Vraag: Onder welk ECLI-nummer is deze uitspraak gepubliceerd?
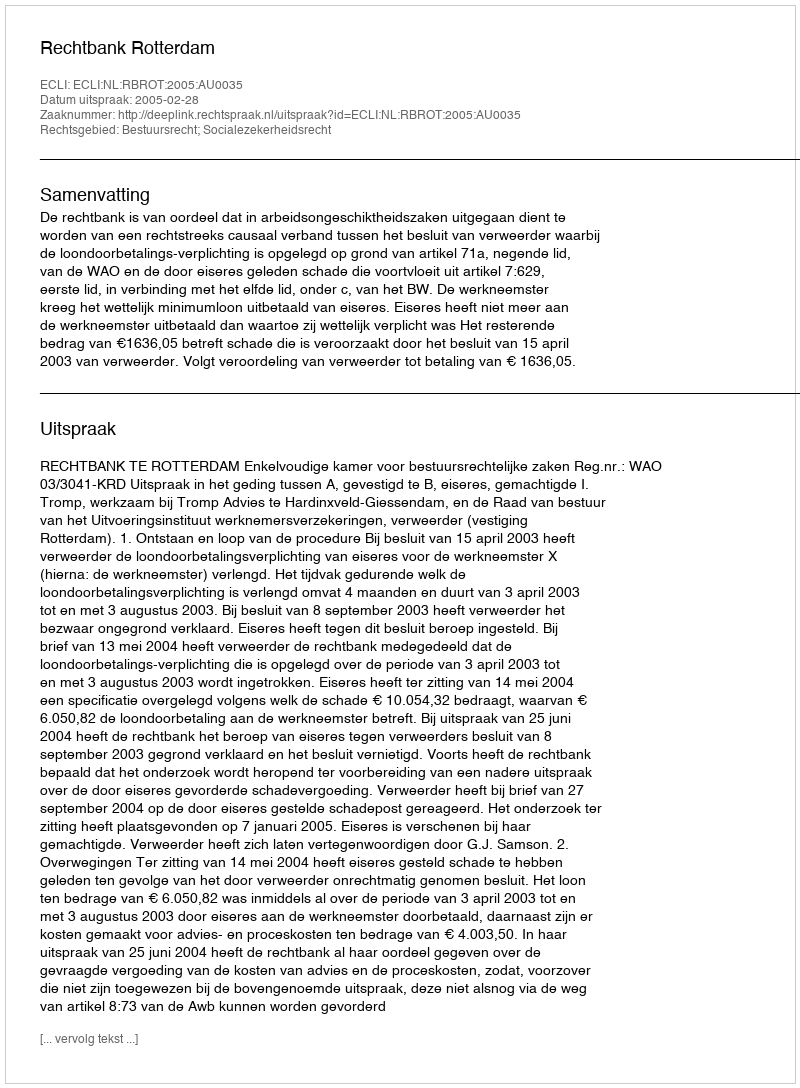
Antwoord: ECLI:NL:RBROT:2005:AU0035